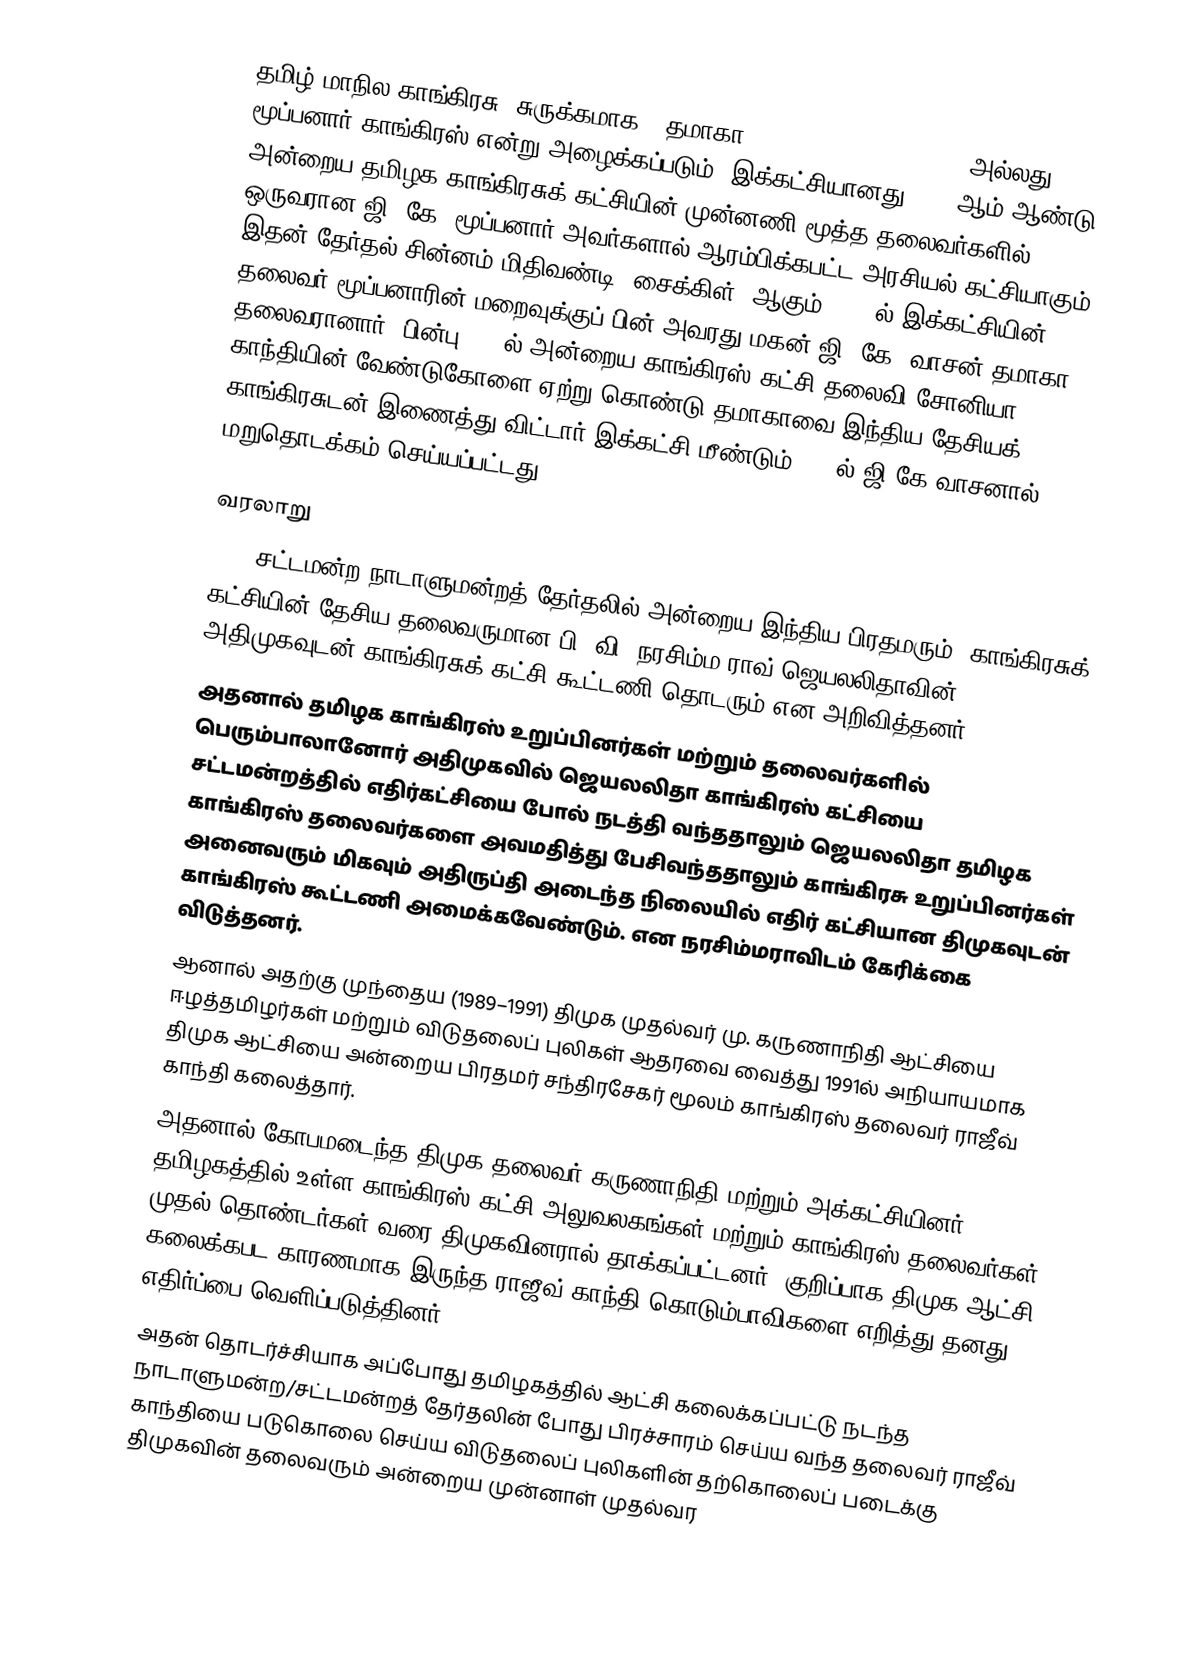
தமிழ் மாநில காங்கிரசு (சுருக்கமாக : தமாகா Tamil Maanila Congress) அல்லது மூப்பனார் காங்கிரஸ் என்று அழைக்கப்படும். இக்கட்சியானது 1996 ஆம் ஆண்டு அன்றைய தமிழக காங்கிரசுக் கட்சியின் முன்னணி மூத்த தலைவர்களில் ஒருவரான ஜி. கே. மூப்பனார் அவர்களால் ஆரம்பிக்கபட்ட அரசியல் கட்சியாகும். இதன் தேர்தல் சின்னம் மிதிவண்டி (சைக்கிள்) ஆகும். 2001ல் இக்கட்சியின் தலைவர் மூப்பனாரின் மறைவுக்குப் பின் அவரது மகன் ஜி. கே. வாசன் தமாகா தலைவரானார். பின்பு 2002ல் அன்றைய காங்கிரஸ் கட்சி தலைவி சோனியா காந்தியின் வேண்டுகோளை ஏற்று கொண்டு தமாகாவை இந்திய தேசியக் காங்கிரசுடன் இணைத்து விட்டார்.இக்கட்சி மீண்டும் 2014ல் ஜி.கே.வாசனால் மறுதொடக்கம் செய்யப்பட்டது.

வரலாறு
 1996 சட்டமன்ற/நாடாளுமன்றத் தேர்தலில் அன்றைய இந்திய பிரதமரும், காங்கிரசுக் கட்சியின் தேசிய தலைவருமான பி. வி. நரசிம்ம ராவ்   ஜெயலலிதாவின்  அதிமுகவுடன் காங்கிரசுக் கட்சி கூட்டணி தொடரும் என அறிவித்தனர்.
 அதனால் தமிழக காங்கிரஸ் உறுப்பினர்கள் மற்றும் தலைவர்களில் பெரும்பாலானோர் அதிமுகவில் ஜெயலலிதா காங்கிரஸ் கட்சியை சட்டமன்றத்தில் எதிர்கட்சியை போல் நடத்தி வந்ததாலும் ஜெயலலிதா தமிழக காங்கிரஸ் தலைவர்களை அவமதித்து பேசிவந்ததாலும் காங்கிரசு உறுப்பினர்கள் அனைவரும் மிகவும் அதிருப்தி அடைந்த நிலையில் எதிர் கட்சியான திமுகவுடன் காங்கிரஸ் கூட்டணி அமைக்கவேண்டும். என நரசிம்மராவிடம் கேரிக்கை விடுத்தனர்.
 ஆனால் அதற்கு முந்தைய (1989–1991) திமுக முதல்வர் மு. கருணாநிதி ஆட்சியை ஈழத்தமிழர்கள் மற்றும் விடுதலைப் புலிகள் ஆதரவை வைத்து 1991ல் அநியாயமாக திமுக ஆட்சியை அன்றைய பிரதமர் சந்திரசேகர் மூலம் காங்கிரஸ் தலைவர் ராஜீவ் காந்தி கலைத்தார்.
 அதனால் கோபமடைந்த திமுக தலைவர் கருணாநிதி மற்றும் அக்கட்சியினர் தமிழகத்தில் உள்ள காங்கிரஸ் கட்சி அலுவலகங்கள் மற்றும் காங்கிரஸ் தலைவர்கள் முதல் தொண்டர்கள் வரை திமுகவினரால் தாக்கப்பட்டனர். குறிப்பாக திமுக ஆட்சி கலைக்கபட காரணமாக இருந்த ராஜீவ் காந்தி கொடும்பாவிகளை எறித்து தனது எதிர்ப்பை வெளிப்படுத்தினர்.
 அதன் தொடர்ச்சியாக அப்போது தமிழகத்தில் ஆட்சி கலைக்கப்பட்டு நடந்த நாடாளுமன்ற/சட்டமன்றத் தேர்தலின் போது பிரச்சாரம் செய்ய வந்த தலைவர் ராஜீவ் காந்தியை படுகொலை செய்ய விடுதலைப் புலிகளின் தற்கொலைப் படைக்கு திமுகவின் தலைவரும் அன்றைய முன்னாள் முதல்வர